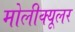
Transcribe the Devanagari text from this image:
मोलीक्यूलर